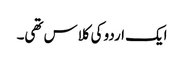
ایک اردو کی کلاس تھی۔